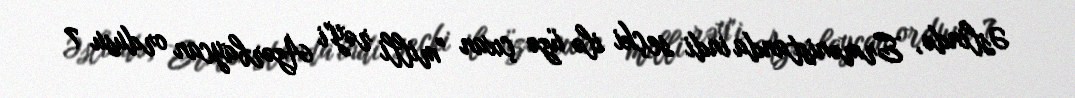
Əslində, Ermənistanda indi seçki ilə üzə çıxan "milli rəy"i Azərbaycan ordusu 7